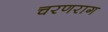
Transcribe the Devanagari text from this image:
चरणराग